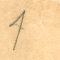
1